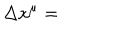
LaTeX: \Delta x ^ { \mu } =